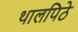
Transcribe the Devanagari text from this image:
थालपिठे